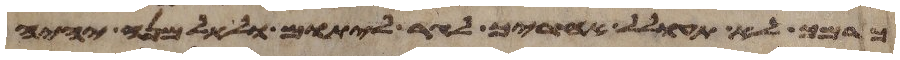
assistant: כרמך לא תעולל אחריך לגר ליתום ולאלמנה יהיה